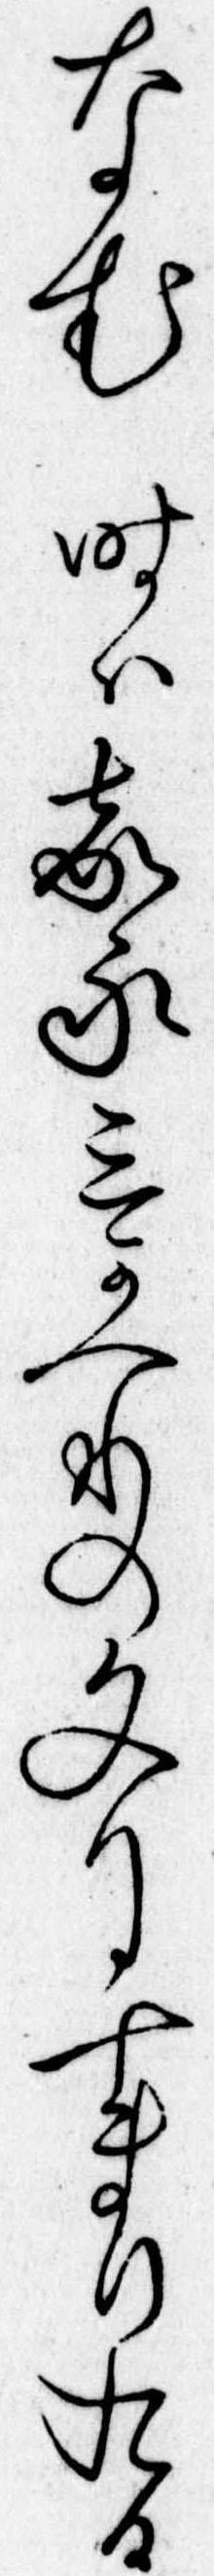
なむ時は嘉永三かへりの文月十まり九日